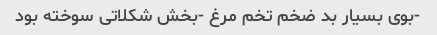
-بوی بسیار بد ضخم تخم مرغ -بخش شکلاتی سوخته بود